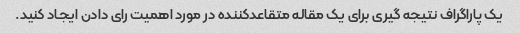
یک پاراگراف نتیجه گیری برای یک مقاله متقاعدکننده در مورد اهمیت رای دادن ایجاد کنید.